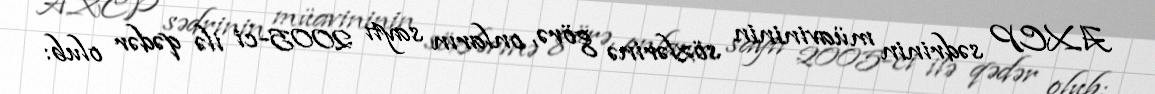
AXCP sədrinin müavininin sözlərinə görə, onların saytı 2005-ci ilə qədər olub: